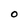
Character: 0